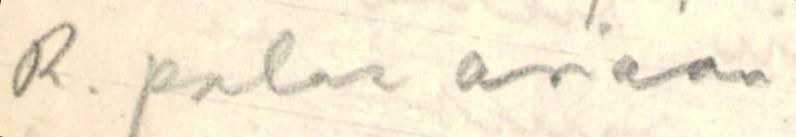
R. palaa asiaan